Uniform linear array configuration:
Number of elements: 48
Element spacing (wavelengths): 0.25
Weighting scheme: hamming
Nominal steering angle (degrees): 60
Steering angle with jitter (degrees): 61.43
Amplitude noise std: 0.05
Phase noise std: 0.05

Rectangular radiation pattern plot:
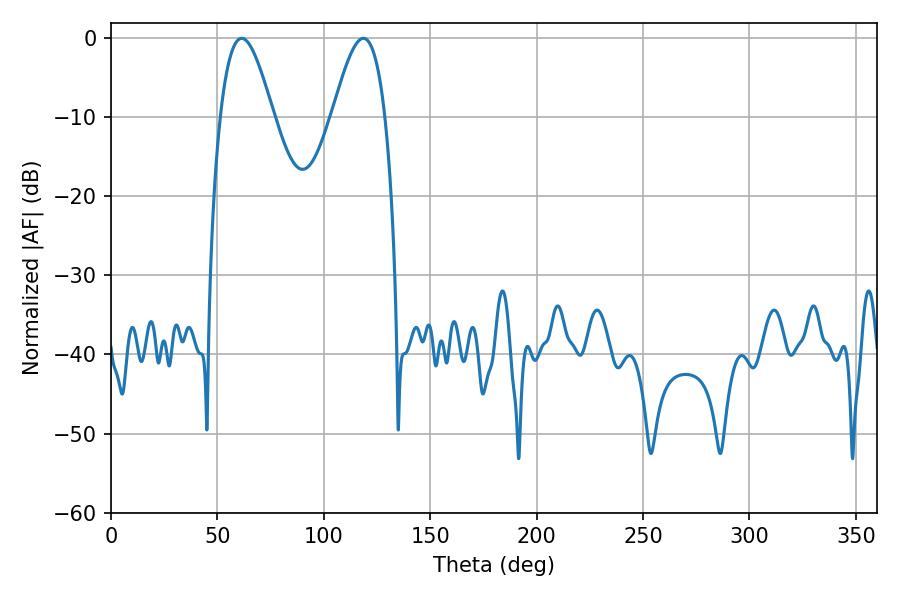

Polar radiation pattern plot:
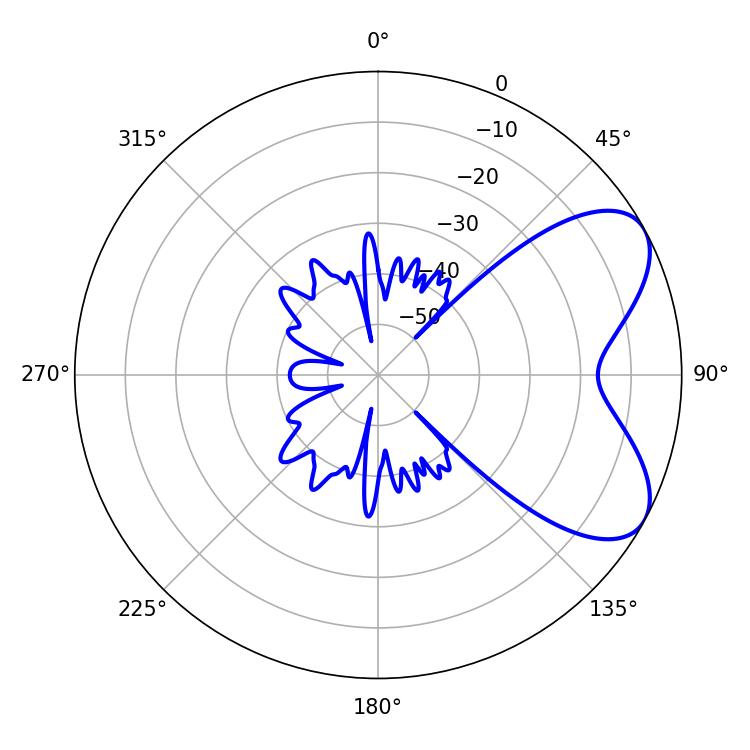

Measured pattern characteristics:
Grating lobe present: FALSE
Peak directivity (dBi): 6.367
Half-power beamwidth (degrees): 13.32
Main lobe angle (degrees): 61.38